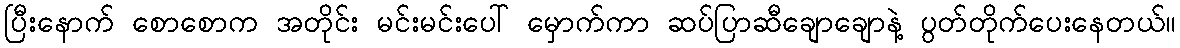
ပြီးနောက် စောစောက အတိုင်း မင်းမင်းပေါ် မှောက်ကာ ဆပ်ပြာဆီချောချောနဲ့ ပွတ်တိုက်ပေးနေတယ်။